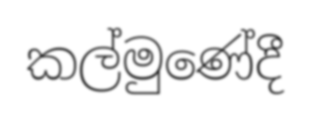
කල්මුණේදී